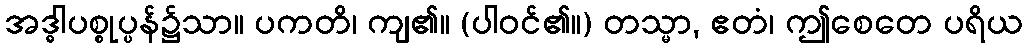
အဒ္ဓါပစ္စုပ္ပန်၌သာ။ ပကတိ၊ ကျ၏။ (ပါဝင်၏။) တသ္မာ, ဧတံ၊ ဤစေတေ ပရိယ